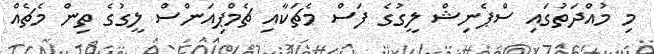
މި މުއްދަތުގައި ސްޕެނިޝް ލީގުގެ ފަސް މެޗަކާއި ޗެމްޕިއަންސް ލީގުގެ ތިން މެޗެއް